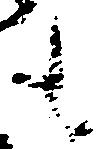
も